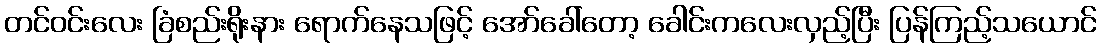
တင်ဝင်းလေး ခြံစည်းရိုးနား ရောက်နေသဖြင့် အော်ခေါ်တော့ ခေါင်းကလေးလှည့်ပြီး ပြန်ကြည့်သယောင်